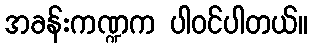
အခန်းကဏ္ဍက ပါဝင်ပါတယ်။